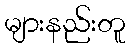
များနည်းတူ